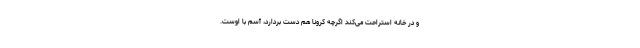
و در خانه استراحت می‌کند اگرچه کرونا هم دست بردارد، آسم با اوست.